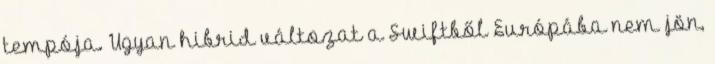
tempója. Ugyan hibrid változat a Swiftből Európába nem jön,